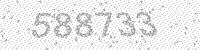
Solution: 588733